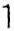
1